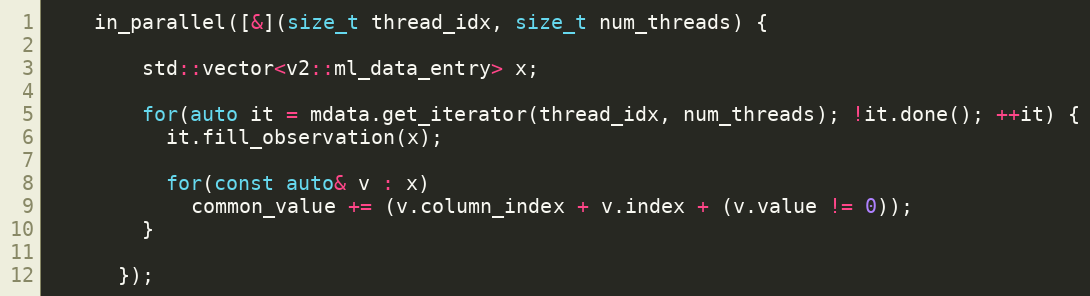
Language: C++
    in_parallel([&](size_t thread_idx, size_t num_threads) {

        std::vector<v2::ml_data_entry> x;

        for(auto it = mdata.get_iterator(thread_idx, num_threads); !it.done(); ++it) {
          it.fill_observation(x);

          for(const auto& v : x)
            common_value += (v.column_index + v.index + (v.value != 0));
        }

      });